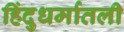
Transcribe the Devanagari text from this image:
हिंदुधर्मातली